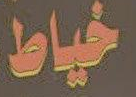
خياط